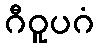
ဂီဝူပဂံ